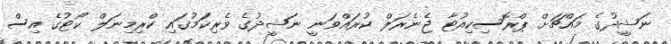
ނަޝީދުގެ މައްޗަށް ޕްރޮސިކިއުޓާ ޖެނެރަލް ކުރައްވަނީ ނަޝީދުގެ ވެރިކަމުގައި ކްރިމިނަލް ކޯޓުގެ އިސް